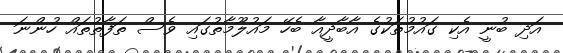
އަދި ބުނީ އެކި ގައުމުތަކުގެ އާބާދީއާ ބެހޭ މައުލޫމާތުގައި ވެސް ތަފާތުތައް ހުންނަ